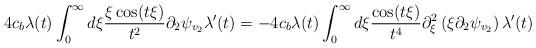
LaTeX: \begin{align*}4 c_{b}\lambda(t)\int_{0}^{\infty} d\xi \frac{\xi \cos(t\xi)}{t^{2}}\partial_{2}\psi_{v_{2}}\lambda'(t)&=-4 c_{b}\lambda(t) \int_{0}^{\infty} d\xi \frac{\cos(t\xi)}{t^{4}} \partial_{\xi}^{2}\left(\xi \partial_{2}\psi_{v_{2}}\right) \lambda'(t)\end{align*}